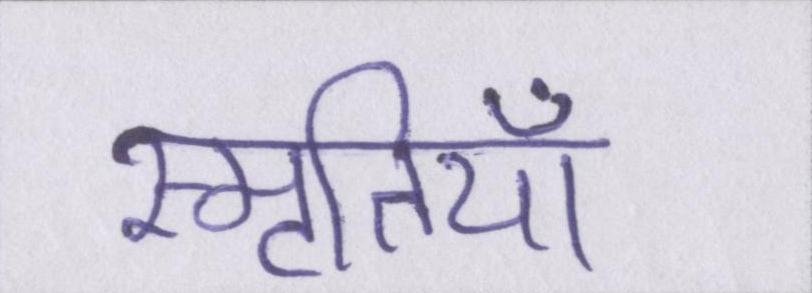
स्मृतियाँ